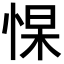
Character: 𭝑